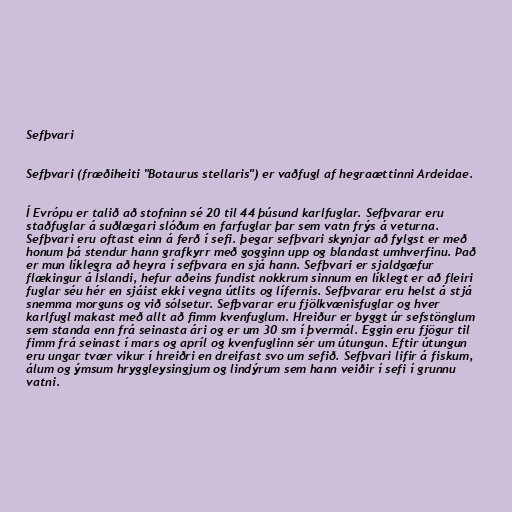
Sefþvari

Sefþvari (fræðiheiti "Botaurus stellaris") er vaðfugl af hegraættinni Ardeidae.

Í Evrópu er talið að stofninn sé 20 til 44 þúsund karlfuglar. Sefþvarar eru
staðfuglar á suðlægari slóðum en farfuglar þar sem vatn frýs á veturna.
Sefþvari eru oftast einn á ferð í sefi. þegar sefþvari skynjar að fylgst er með
honum þá stendur hann grafkyrr með gogginn upp og blandast umhverfinu. Það
er mun líklegra að heyra í sefþvara en sjá hann. Sefþvari er sjaldgæfur
flækingur á Íslandi, hefur aðeins fundist nokkrum sinnum en líklegt er að fleiri
fuglar séu hér en sjáist ekki vegna útlits og lífernis. Sefþvarar eru helst á stjá
snemma morguns og við sólsetur. Sefþvarar eru fjölkvænisfuglar og hver
karlfugl makast með allt að fimm kvenfuglum. Hreiður er byggt úr sefstönglum
sem standa enn frá seinasta ári og er um 30 sm í þvermál. Eggin eru fjögur til
fimm frá seinast í mars og apríl og kvenfuglinn sér um útungun. Eftir útungun
eru ungar tvær vikur í hreiðri en dreifast svo um sefið. Sefþvari lifir á fiskum,
álum og ýmsum hryggleysingjum og lindýrum sem hann veiðir í sefi í grunnu
vatni.